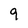
Character: 9